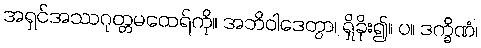
အရှင်အဿဂုတ္တမထေရ်ကို။ အဘိဝါဒေတွာ၊ ရှိခိုး၍။ ပ။ ဒက္ခိဏံ၊